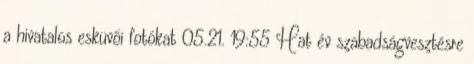
a hivatalos esküvői fotókat 05.21. 19:55 Hat év szabadságvesztésre